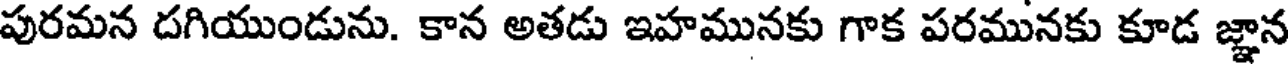
పురమన దగియుండును. కాన అతడు ఇహమునకు గాక పరమునకు కూడ జ్ఞాన